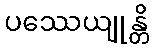
ပဿေယျုန္တိ